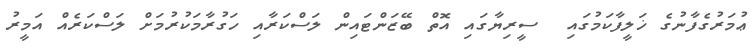
ޢުމަރުގެފާނުގެ ޚަލީފާކަމުގައި  ސީރިޔާގައި އޮތް ބޭޒަންޓައިން ލަސްކަރާއި ހަގުރާމަކުރުމަށް ލަސްކަރެއް އަމީރު